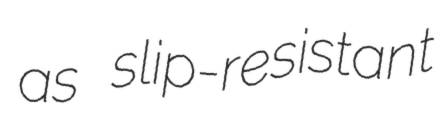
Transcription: as slip-resistant